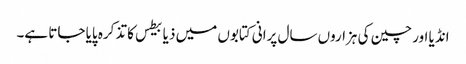
انڈیا اور چین کی ہزاروں سال پرانی کتابوں میں ذیابیطس کا تذکرہ پایا جاتا ہے۔